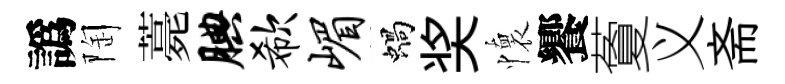
譌陶薧腆欷嵋蝸奖懷饗藑义斋